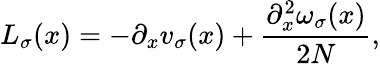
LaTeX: \textit{L}_{\sigma}(x)=-\partial_{x}v_{\sigma}(x)+\frac{\partial_{x}^{2}\omega_{\sigma}(x)}{2N},